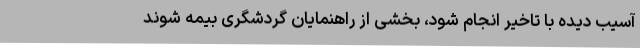
آسیب دیده با تاخیر انجام شود، بخشی از راهنمایان گردشگری بیمه شوند